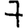
Digit: 7